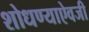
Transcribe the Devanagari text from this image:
शोधण्याऐवजी